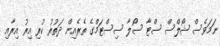
ނަމަވެސް ޝޯލްސް ސްޓާ ސޯލާ ސިސްޓަމްގެ ތެރެއިން ދަތުރު ކުރި އިރު އިރާއި